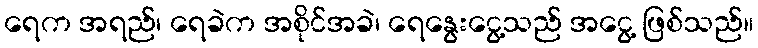
ရေက အရည်၊ ရေခဲက အစိုင်အခဲ၊ ရေနွေးငွေ့သည် အငွေ့ ဖြစ်သည်။